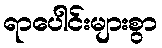
ရာပေါင်းများစွာ